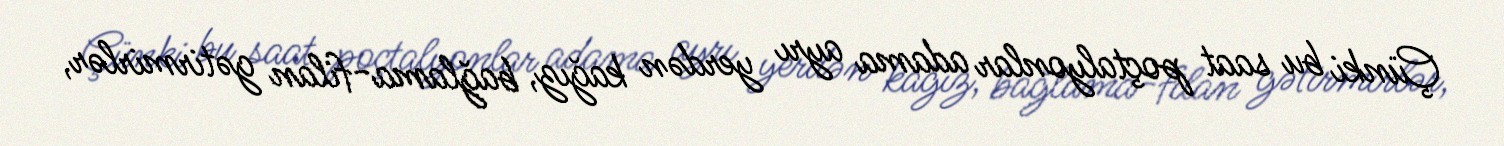
Çünki bu saat poçtalyonlar adama ayrı yerdən kağız, bağlama-filan gətirmirlər,